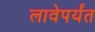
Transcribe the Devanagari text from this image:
लावेपर्यंत